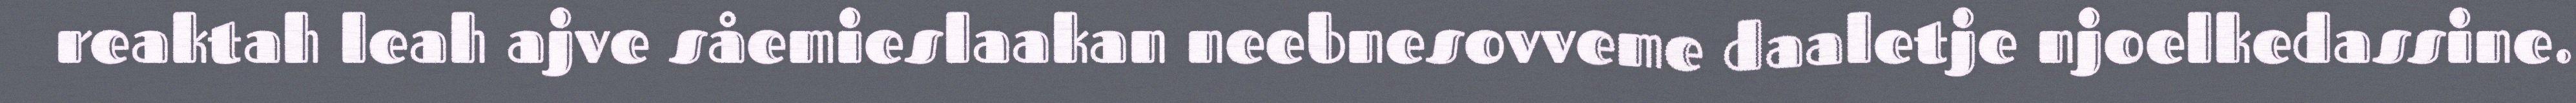
reaktah leah ajve såemieslaakan neebnesovveme daaletje njoelkedassine.